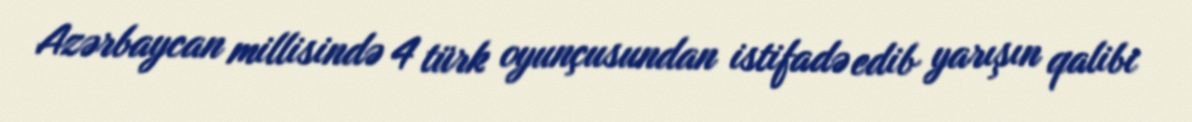
Azərbaycan millisində 4 türk oyunçusundan istifadə edib yarışın qalibi